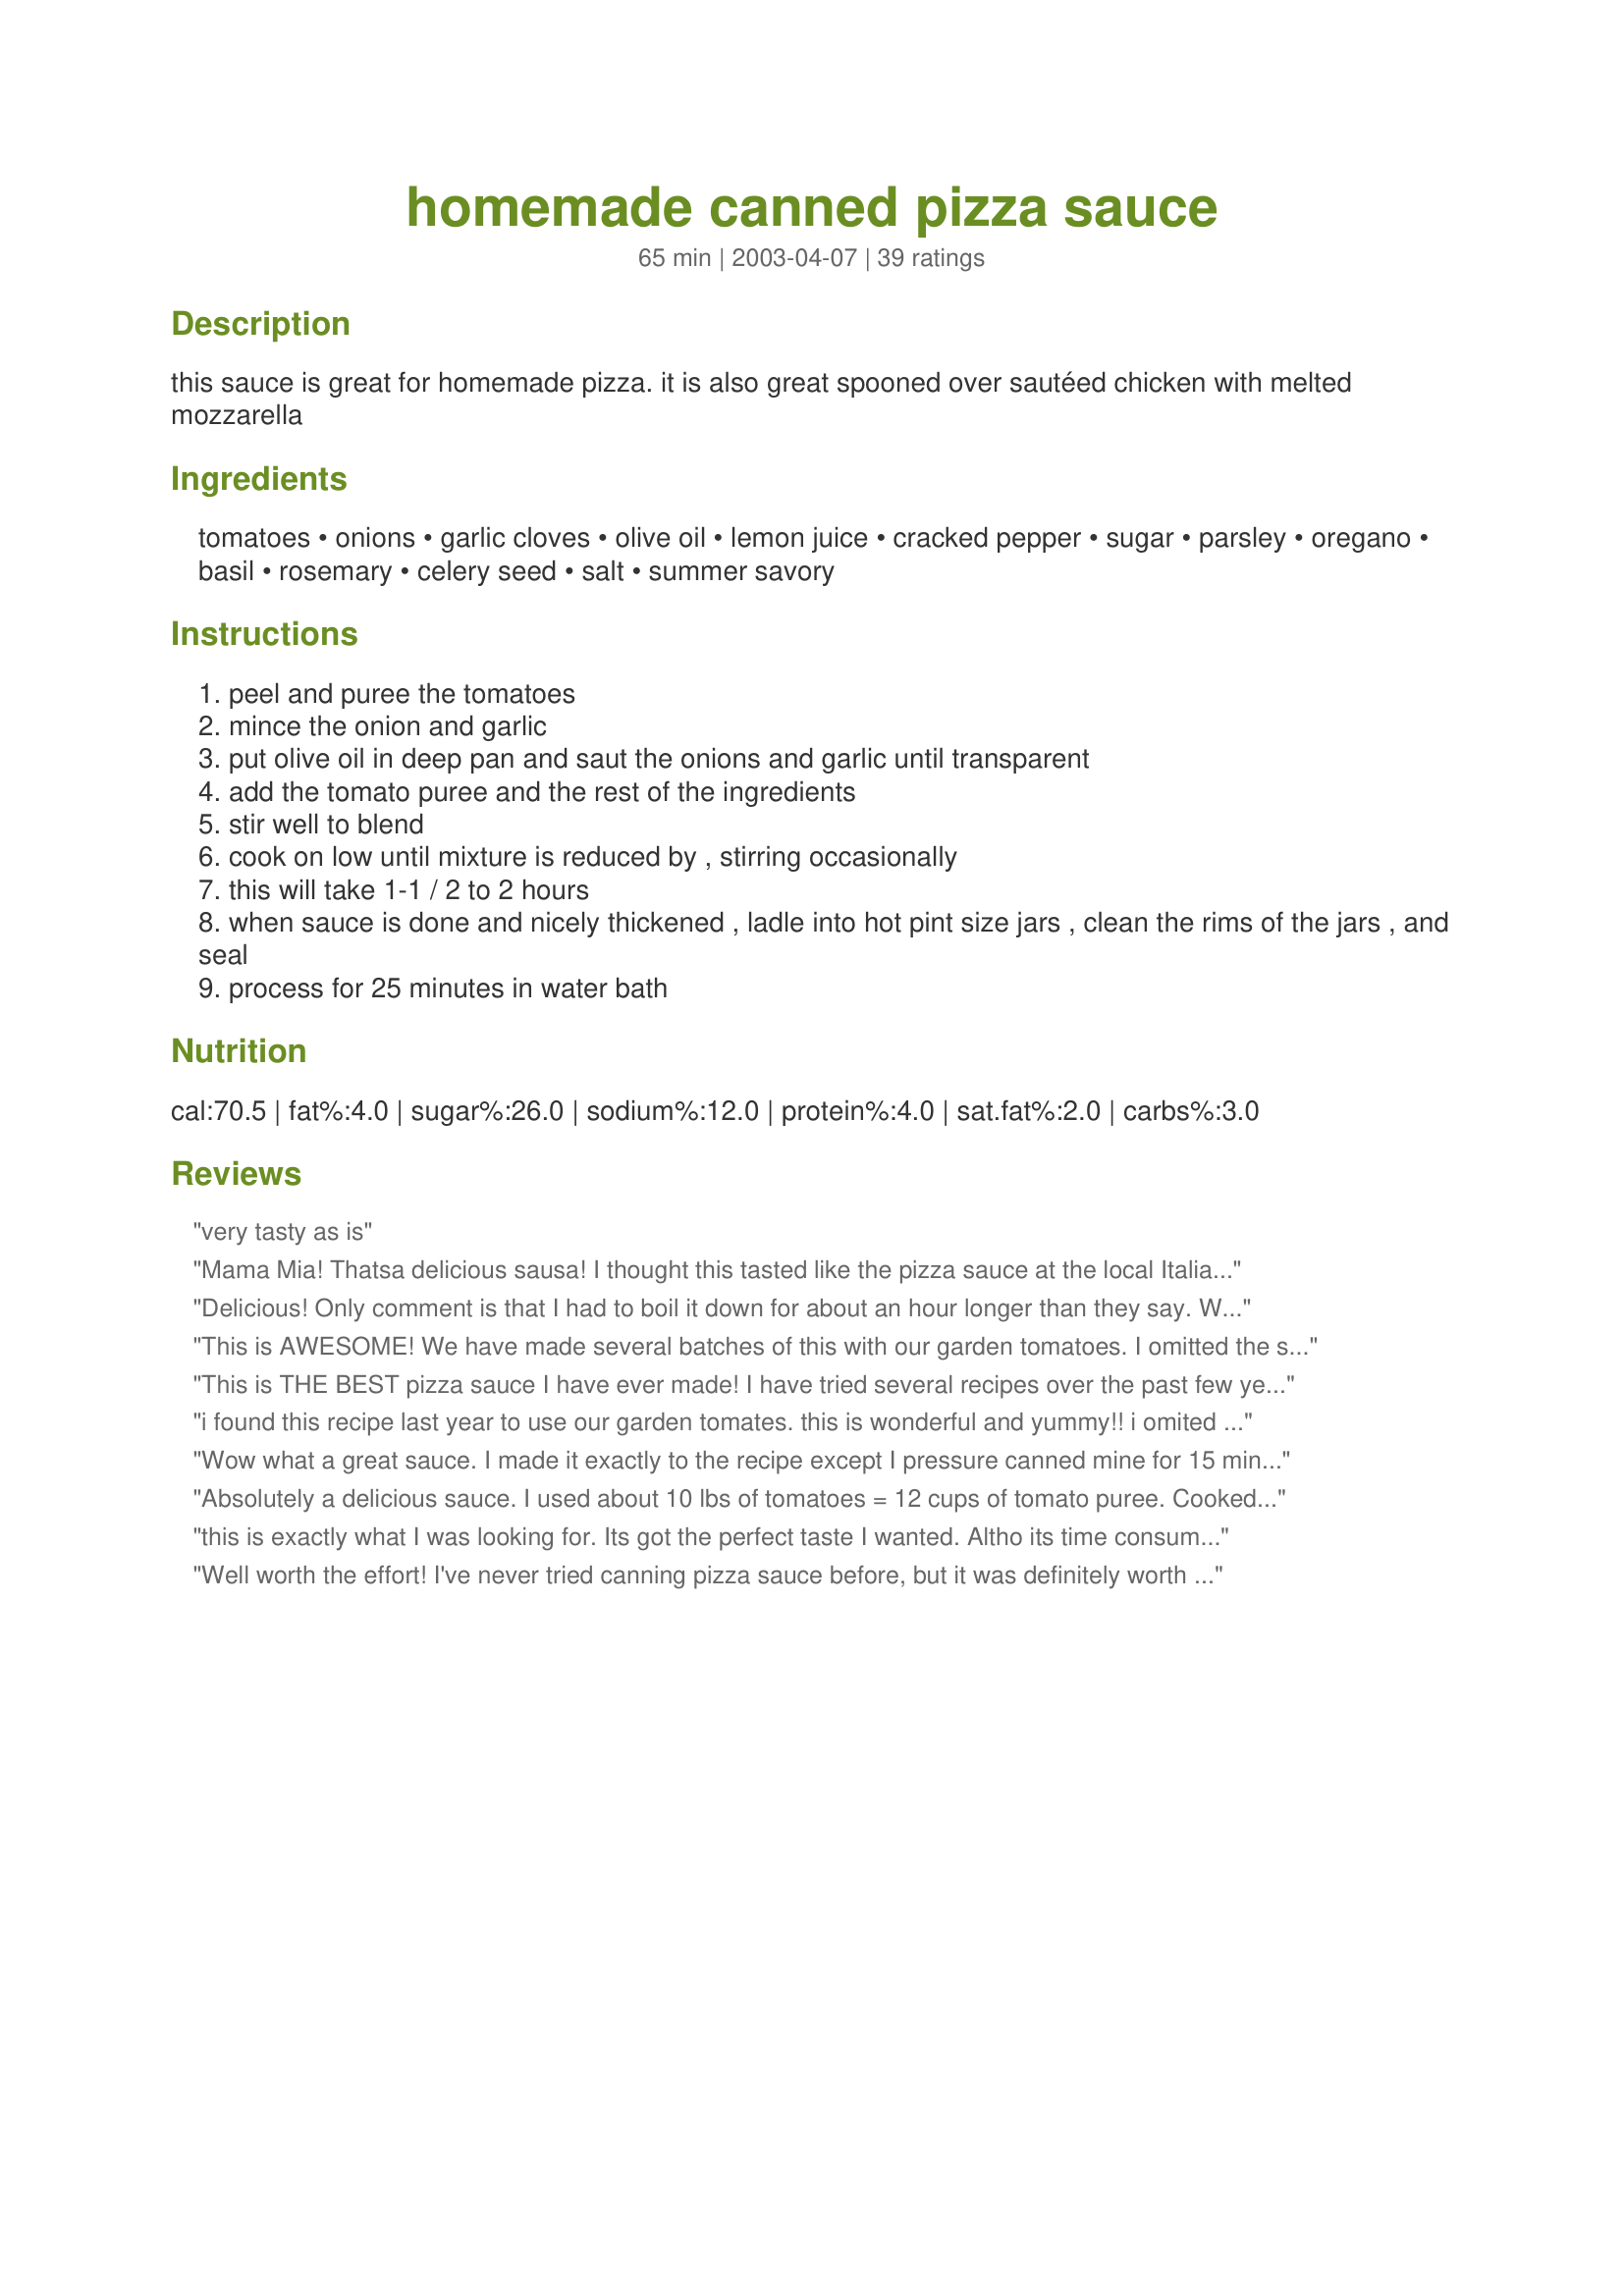
homemade canned pizza sauce
Preparation time: 65 minutes

this sauce is great for homemade pizza. it is also great spooned over sautéed chicken with melted mozzarella

Ingredients:
tomatoes, onions, garlic cloves, olive oil, lemon juice, cracked pepper, sugar, parsley, oregano, basil, rosemary, celery seed, salt, summer savory

Steps:
peel and puree the tomatoes
mince the onion and garlic
put olive oil in deep pan and saut the onions and garlic until transparent
add the tomato puree and the rest of the ingredients
stir well to blend
cook on low until mixture is reduced by , stirring occasionally
this will take 1-1 / 2 to 2 hours
when sauce is done and nicely thickened , ladle into hot pint size jars , clean the rims of the jars , and seal
process for 25 minutes in water bath

Reviews:
very tasty as is
Mama Mia! Thatsa delicious sausa! I thought this tasted like the pizza sauce at the local Italian restaurant. I really loved this on pizza and over pasta! So simple to make and makes a lot to save for later, thanks for sharing this sauce recipe!
Delicious! Only comment is that I had to boil it down for about an hour longer than they say. Will be making again next year!
This is AWESOME! We have made several batches of this with our garden tomatoes. I omitted the summer savory however as I couldnt find any in the store. But it sure didnt affect the taste. We love it.
This is THE BEST pizza sauce I have ever made! I have tried several recipes over the past few years and have always made at least one batch of this. Now, I've decided that this is the only recipe I will make from now on!

When I prepare this, I do add 1 (12 oz.) can of tomato paste to add extra body to the sauce. I also freeze the pint jars instead of canning, just to be safe! (Not sure if there's enough acid to safely can this.)

Thank you, Recipe Fairy!
i found this recipe last year to use our garden tomates. this is wonderful and yummy!! i omited the sugar because i think garden fresh is sweeter than store bought. it still tastes great! thank you for sharing. your are a "magic" recipe fairy.
Wow what a great sauce. I made it exactly to the recipe except I pressure canned mine for 15 min at 10 lbs pressure. It turned out fantastic. I not only use this sauce for pizza but I also use it on chicken baked with provolone on top. My dh loves it. Thanks so much for sharing it.
Absolutely a delicious sauce. I used about 10 lbs of tomatoes = 12 cups of tomato puree. Cooked down the onions and garlic in a bit of water instead of oil. I also upped the acid by adding 1 TBSP of lemon juice to each cup of pureed tomatoes. Will definitely be making it again.
this is exactly what I was looking for. Its got the perfect taste I wanted. Altho its time consuming, its absolutely worth it. I had some tomatoes extra and was hoping to find something good to do with them. This was definately it. I see a ton of pizza's in our future. 
I left out the savory, and I used 1/2 pint jars instead of pint sized ones. this is great! thanks a lot.
Well worth the effort! I've never tried canning pizza sauce before, but it was definitely worth it. I only put in a pinch of the cracked pepper, otherwise I followed the ingredient list. Also, I didn't do the hot water bath -- I did my canning open kettle, and it worked fine. The flavor is great, and I will definitely be using this recipe again next year when I have fresh tomatoes. Thank you for sharing this wonderful recipe!
This pizza sauce is very good. To puree the tomatoes I put them through my food grinder and it worked really well. To save time, I also ran the onion through the grinder and just added it to the tomato puree with the oil and garlic. I simmered the sauce about 1 3/4 hours and then completed the canning process. The little bit that was left provided a good taste. I will definitely make more of this sauce. The only ingredient that I may use less of next time would be the cracked pepper. Other than that, the seasonings were fine.
This is good stuff! I plan to make it again. I got 5 pints from this recipe. I think I'll omit the sugar next time. I used fresh parsley (oh yum!). While it was cooking it smelled up the house wonderfully...had everyone's stomach growling. One pint made 2 pizza's.
This is a great sauce starting my 2nd batch to have for homemade pizza for winter.Thank you for sharing this....:)
I just made this and WOW! I followed the recipe exactly. I can't wait to try this. It took 1-1/2 hours to reduce. and thank God for littlehibault's input it saved me a ton of time by pureeing in the blender. I got 6 pints out of this recipe I can tell already I will be making this again for sure, Thanks so much for posting!
Just like everyone states.......evxellent recipe!!!
This sauce was awesome. Instead of peeling the tomatoes, I just core them and puree them down in the blender. The skin dissappears, and you save yourself a lot of work! Thanks for sharing.
This is really delicious, fragrant and thick, after cooking it down for a lot longer than the recipe says...

However, I read up on acidity and safety in canning *after* I made and canned this and now I'm quite nervous about botulism. The acid added (in the form of lemon juice) doesn't seem like enough to counter the onions (which make the sauce prone to botulism growth). My question is, is this a tested recipe (meaning, has anyone actually tested with a pH kit strip)? Botulism spores cannot be killed with the heat of a boiling water bath (but can be killed using a pressure canner), and can thrive without oxygen. This is why even a proper seal does not guarantee safety. I would have appreciated a note on this recipe about the safety of canning without a pressure cooker. I wish I had just frozen it now, and there would be no concern!
Add Citric Acid and pressure can it. Just to be safe.
I've been looking for a pizza sauce recipe to can for a while. I found this receip and everyone LOVES this pizza sauce! I do add about 1/4 tsp of red pepper flakes to give it a little kick but that's the only adjustment I have or will make to this recipe. Thanks so much for the post!
This sauce is not safe to can. There are far too many low acid ingredients (onions) for it to be safe in a water bath. You cannot just can your own recipes. You MUST use tested recipe from somewhere like Ball, Bernadin, or the NCHFP. These are the ONLY sources of safe recipes. You could literally kill someone. Botulism is no joke.
I just made a second batch of this because it was such a hit at my house. My picky kids love it!! The only change I made the second time around was to can it in half-pint jars instead of pints. I don't want ANY of it to go to waste.
I made this last year it was fine no problems the lemon juice keeps it safe.
This sauce was delicious, definetly making it agaign this year, will try and add some tomato paste to make it thicker, but it was delicoius :)
This was fabulous! I had 8.5 lbs of roma tomatoes and got about 9 cups of puree. I scaled down the ingredients to 3/4 the total.
This is really good. I did cook it about 3 hours, and didn't have any summer savory...but did add a bit extra fresh parsley. I will make this again.
This is really good sauce. I made this using my abundance of tomatoes as we have been on a homemade pizza kick lately. Well, there was some leftover that didn&#039;t fit into the jars so I made DS and DH a French bread pizza and this sauce is so good. I loved it. I&#039;m so glad I found your recipe. Thank you.
Great recipe! I took another reviewers suggestion and went with 12 cups of tomato puree. I increased the garlic. I also used my hand blender to whip it smooth before canning. Thanks for a keeper!
Excellent sauce! I had so many tomatoes from my garden that ripened all at once. This recipe helped me use them. I didn't bother peeling the tomatoes; I just cut the tops off, squeezed some juice out and chopped them into large pieces before adding to the pan of sauteed onions and garlic. I didn't have summer savory so I left it out, but increased the sugar to about 1/4 cup. After cooking uncovered for over an hour, I pureed in a blender. Then, I cooked it down for about another 2 hours to thicken it up. Instead of canning, I froze it in small containers. Each container will make about 2 pizzas. My family loved the sauce on homemade pizza.
Made this sauce today was absolutely delicious I put it in half-pint jars used about half a bushel of tomatoes turned out great made 16 half pints
Very easy recipe, although I had a few questions about the ingredients. A) need to know what size of tomatoes or how many pounds to use B) are the herbs fresh or dried.
I used about 18 large tomatoes, at least 3" in dia. and I used dried herbs. It turned out great. I only had orange tomatoes which made the sauce "pale" looking but they taste just as good as the red ones!
This is an excellent pizza sauce! It has enough flavour to notice that it's there, but it isn't overpowering so that the sauce is all you taste. My only regret is that I didn't make several batches. I'm definately going to run out before next summers tomatoes are ready! I cooked mine all afternoon to make it fairly thick-still well worth the effort! Thanks very much!
Are the herbs fresh or dried?
This is a keeper recipe. I am making the third batch. I let it cook for several more hours, until it was my desired thickness. It is delicious. My children say it's better than any delivery pizza! Now that is a compliment!
Chef # 1380981 if your jars sealed your sauce will be fine. If however you still have some concerns all is not at a loss, cook your sauce for a minimum of 25 minutes prior to tasting. The lemon juice would need to be add, 1 tsp per quart, only if you plan to drink it right out of the jar without any further cooking.
This is really great sauce, and the flavor for me did not change once it had been canned. I did change the initial method however. I quartered the tomatoes and added the onion and garlic and cooked it all down until soft. I then ran everything through my food mill, added the spices and cooked it down until thick. This way I was able to omit the oil for a fat free sauce. I also reduced the salt, didn't have summer savory, so I added a bit of fennel seed. Loved it and I am so thrilled to have a fat free low sodium sauce that I'm not paying an arm and a leg for. Thank you Southern Chef for sharing the recipe. It is one I am sure to return to every canning season.
A great way to use up some of my garden tomatoes! Both my husband and a friend walked into the house after I'd canned it saying it smelled wonderful like pizza and an Italian restaurant. I don't have a food mill and the blender worked just fine. I canned mine in 8oz jars because that is the amount of sauce I need when making pizza. Thanks.

Three months later and want to add that this sauce is wonderful and I will definitely make again next summer. :)
As the recipe is written, I give it 3 stars. It needs tweaking. It's super bland. It needs a can of tomato paste, plus it needs way more sugar than a tablespoon. I used white sugar and brown. I also put in a dash of worcestershire sauce and onion powder and garlic powder in addition to the minced garlic. I used fresh herbs because I have them growing right now. It takes way longer than indicated to thicken enough for pizza sauce. Mine cooked for about 3 to 4 hours, simmering. Do these changes, and you have quite a good sauce. I also used half pint jars and got 8 jars exactly.
I made 2 batches of this sauce after trusting the comments posted here. I was not disappointed. Delicious sauce. I must say that my homegrown tomatoes took lots more time to cook down than the recipe states. Maybe they were just really juicy. It took about 7 hours and I think it should've still cooked longer. I didn't have any summer savory, so I skipped adding it. Not sure how critical it was. I used fresh herbs where I could. I pulsed the onions and garlic in my food processor and it worked well. I pureed the tomatoes in the food processor as well, but I'd use the blender next time. Too messy and you can only do small batches at a time. I blanched the tomatoes (put them in boiling water for a minute or two) to make it easy to remove the skins. Great sauce!
I canned 9 pints of this last summer with an abundance of tomatoes, basil, rosemary and parsley from my garden (substituting parsley for the savory). The only herb I didn't have fresh was oregano, but the sauce was still wonderful. I canned it in pints since I usually make 2 pizzas at a time. As the picture implies, it is not a smooth as a store-boughten sauce, but the taste is so much better! Thanks, southern chef. I'll be making more next year, garden permitting!
